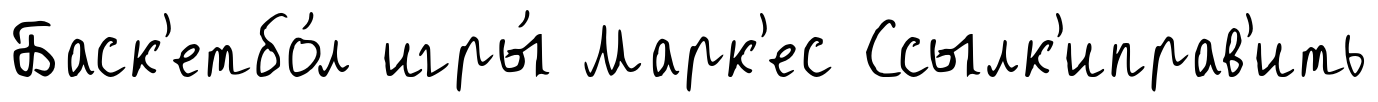
Баск'етбо́л игры́ Марк'ес Ссылк'иправ'ить